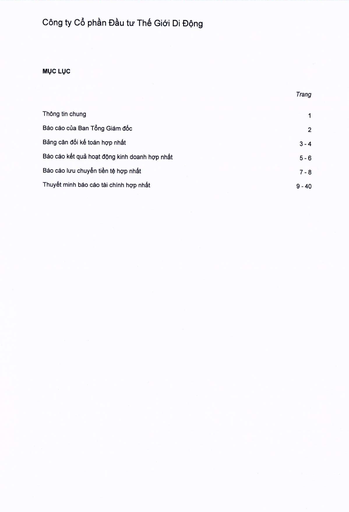
||Trang| |---|---| |Thông tin chung|1| |Báo cáo của Ban Tổng Giám đốc|2| |Bảng cân đối kế toán hợp nhất|3-4| |Báo cáo kết quả hoạt động kinh doanh hợp nhất|5-6| |Báo cáo lưu chuyển tiền tệ hợp nhất|7-8| |Thuyết minh báo cáo tài chính hợp nhất|9 - 40|